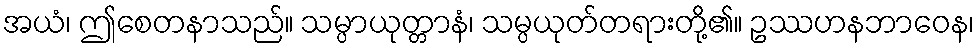
အယံ၊ ဤစေတနာသည်။ သမ္ပာယုတ္တာနံ၊ သမ္ပယုတ်တရားတို့၏။ ဥဿဟနဘာဝေန၊